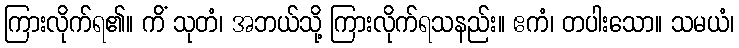
ကြားလိုက်ရ၏။ ကိံ သုတံ၊ အဘယ်သို့ ကြားလိုက်ရသနည်း။ ဧကံ၊ တပါးသော။ သမယံ၊